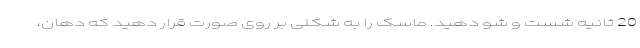
20 ثانیه شست و شو دهید. ماسک را به شکلی بر روی صورت قرار دهید که دهان،